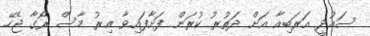
ސައުދީ އަރަބިއާ އަށް ދަތުރު ކުރަން ފަށާފައިވާ އިރު މާސް ރޯގާ ޖެހޭ